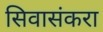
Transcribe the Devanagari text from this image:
सिवासंकरा